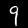
Digit: 9